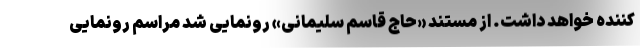
کننده خواهد داشت. از مستند «حاج قاسم سلیمانی» رونمایی شد مراسم رونمایی